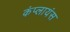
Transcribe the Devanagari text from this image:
कंप्लायंस